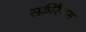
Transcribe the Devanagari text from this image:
स्फ़ीरैंथस